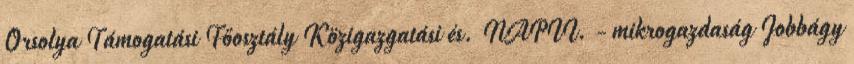
Orsolya Támogatási Főosztály Közigazgatási és. NAPII. - mikrogazdaság Jobbágy